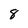
Character: 8